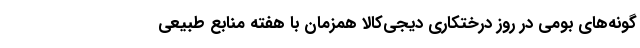
گونه‌های بومی در روز درختکاری دیجی‌کالا همزمان با هفته منابع طبیعی